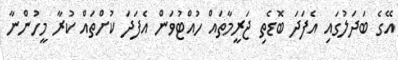
އޭގެ ބަދަލުގައި އެފަދަ ބޮޑެތި ޖަރީމާތައް ހުއްޓުވަން އެފަދަ ކުށްތައް ކުރާ މީހުންނާ